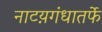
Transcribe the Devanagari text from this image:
नाटय़गंधातर्फे